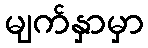
မျက်နှာမှာ